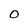
Character: O